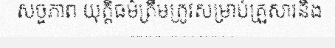
សច្ចភាព យុត្តិធម៌ត្រឹមត្រូវសម្រាប់គ្រួសារនិង